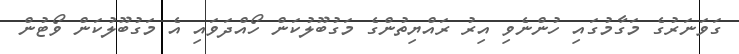
ގަވަނަރުގެ މަގާމުގައި ހުންނެވި އިރު ރައްޔިތުންގެ މަގުބޫލުކަން ހޯއްދަވައި އެ މަގުބޫލުކަން ވޯޓުން